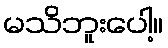
မသိဘူးပေါ့။